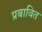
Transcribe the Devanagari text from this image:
प्रबावित